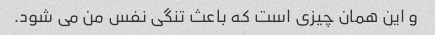
و این همان چیزی است که باعث تنگی نفس من می شود.